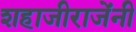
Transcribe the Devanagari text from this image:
शहाजीराजेंनी